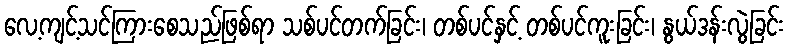
လေ့ကျင့်သင်ကြားစေသည်ဖြစ်ရာ သစ်ပင်တက်ခြင်း၊ တစ်ပင်နှင့် တစ်ပင်ကူးခြင်း၊ နွယ်ဒန်းလွဲခြင်း